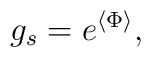
g_s = e^{\langle \Phi\rangle},